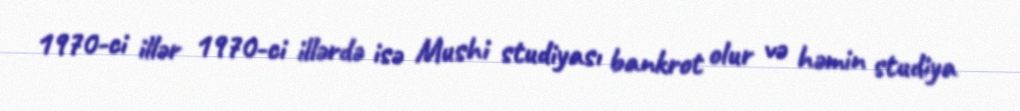
1970-ci illər 1970-ci illərdə isə Mushi studiyası bankrot olur və həmin studiya